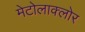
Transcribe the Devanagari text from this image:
मेटोलाक्‍लोर